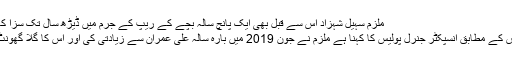
ملزم سہیل شہزاد اس سے قبل بھی ایک پانچ سالہ بچے کے ریپ کے جرم میں ڈیڑھ سال تک سزا کاٹ چکا ہے-
میڈیا رپورٹس کے مطابق انسپکٹر جنرل پولیس کا کہنا ہے ملزم نے جون 2019 میں بارہ سالہ علی عمران سے زیادتی کی اور اس کا گلا گھونٹ کر قتل کیا۔